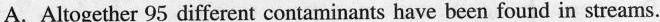
A.Altogether 95 different contaminants have been found in streams.